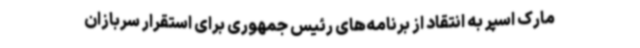
مارک اسپر به انتقاد از برنامه‌های رئیس جمهوری برای استقرار سربازان